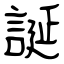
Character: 誕